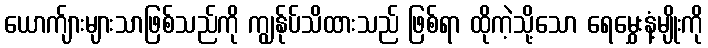
ယောက်ျားများသာဖြစ်သည်ကို ကျွန်ုပ်သိထားသည် ဖြစ်ရာ ထိုကဲ့သို့သော ရေမွှေးနံ့မျိုးကို